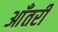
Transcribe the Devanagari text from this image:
आँतरी